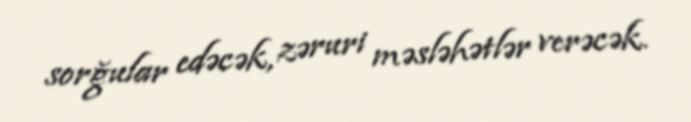
sorğular edəcək, zəruri məsləhətlər verəcək.